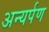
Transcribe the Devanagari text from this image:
अन्यर्पण